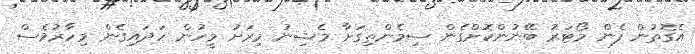
އެގޮތުން ފެން މޯޓަރު ބޭނުންކޮށްގެން ސިމެންތިގަށާ މެޝިނު މިރަށު މީހުން ހަދައިގެން މިހާރުވެސް